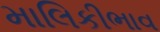
માલિકીભાવ